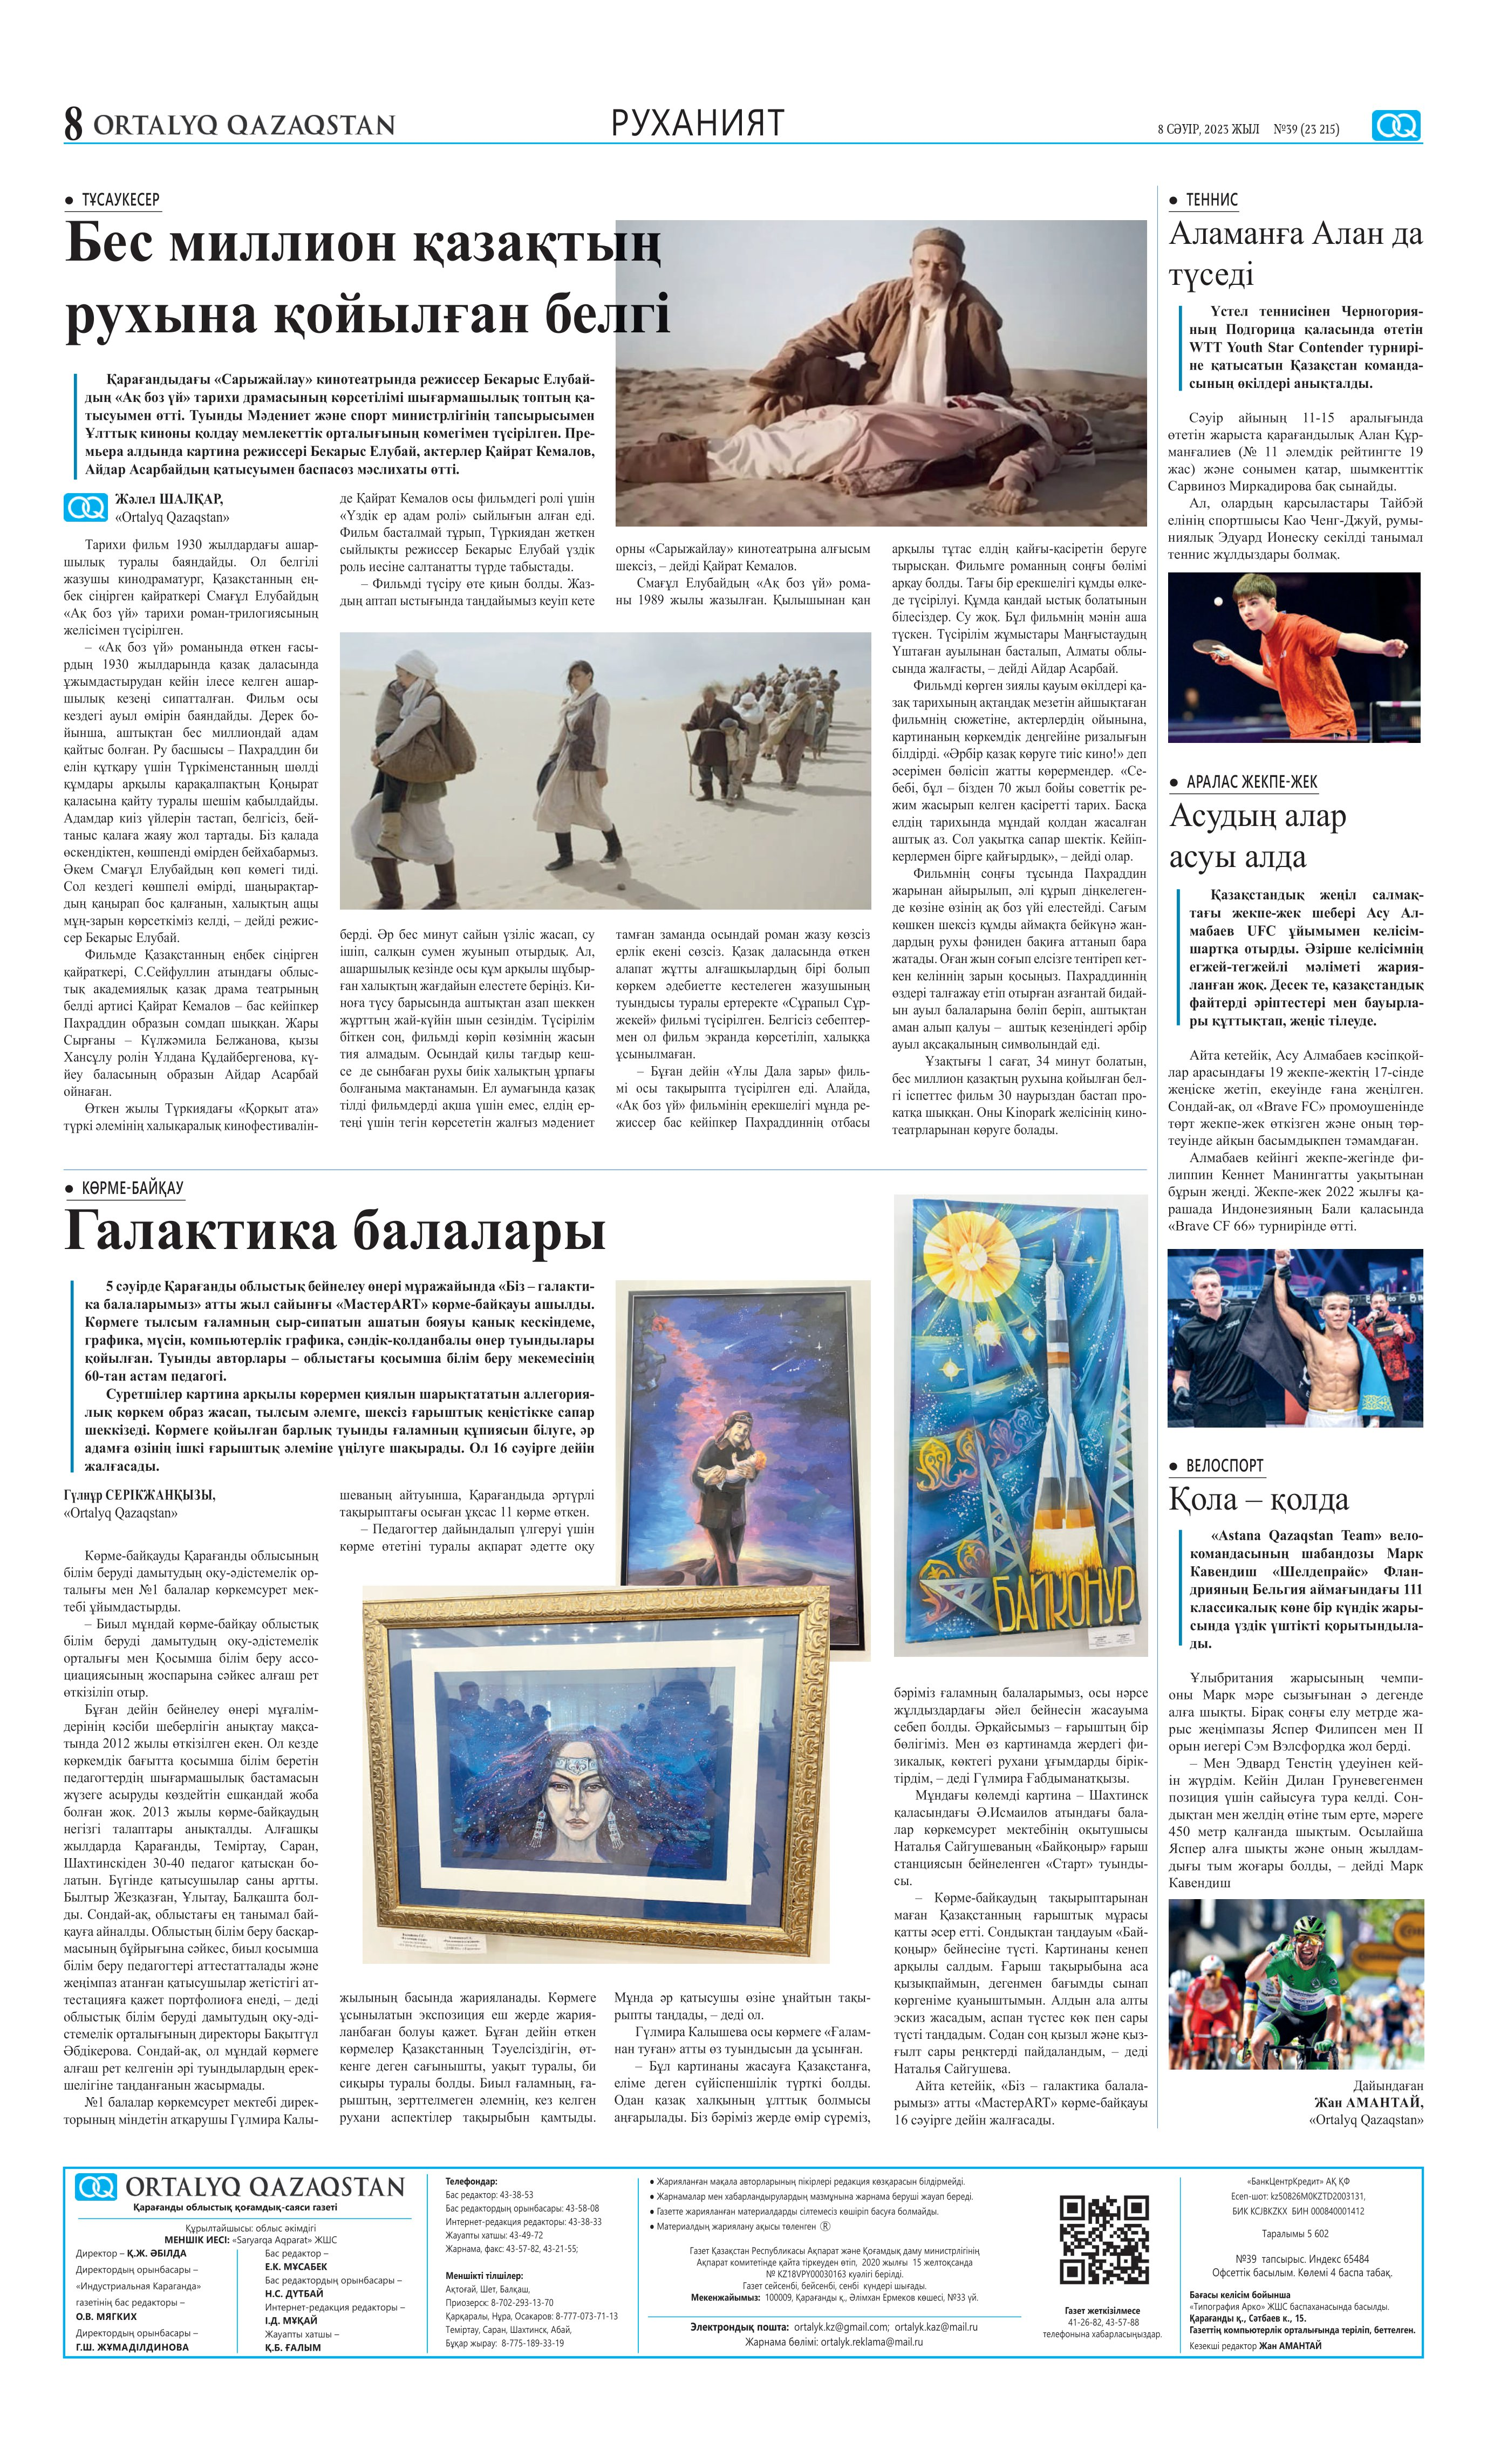
Language: kk